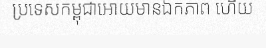
ប្រទេសកម្ពុជាអោយមានឯកភាព ហើយ